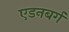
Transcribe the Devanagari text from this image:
एडनबर्ग